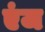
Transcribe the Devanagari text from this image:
एंज